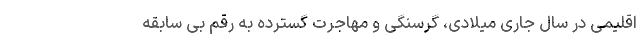
اقلیمی در سال جاری میلادی، گرسنگی و مهاجرت گسترده به رقم بی سابقه